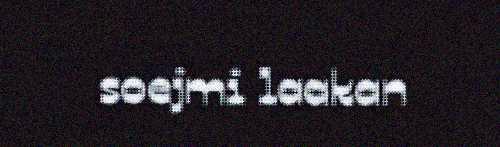
soejmi laakan